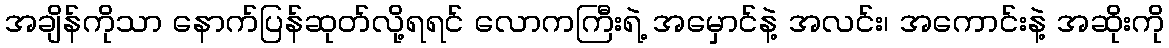
အချိန်ကိုသာ နောက်ပြန်ဆုတ်လို့ရရင် လောကကြီးရဲ့ အမှောင်နဲ့ အလင်း၊ အကောင်းနဲ့ အဆိုးကို